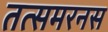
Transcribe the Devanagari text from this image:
तत्समरनस